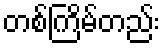
တစ်ကြိမ်တည်း